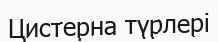
Цистерна түрлері